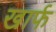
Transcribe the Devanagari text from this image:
खार्फ